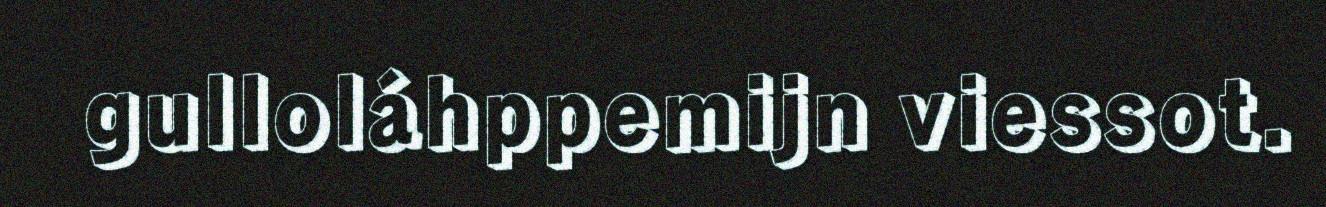
gulloláhppemijn viessot.